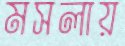
মসলায়